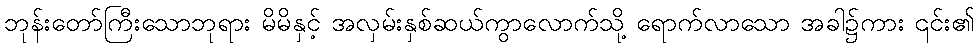
ဘုန်းတော်ကြီးသောဘုရား မိမိနှင့် အလှမ်းနှစ်ဆယ်ကွာလောက်သို့ ရောက်လာသော အခါ၌ကား ၎င်း၏